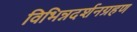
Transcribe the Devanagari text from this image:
विभिन्नदर्शनग्रहण